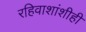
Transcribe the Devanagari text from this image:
रहिवाशांशीही